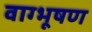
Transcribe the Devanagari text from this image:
वाग्भूषण